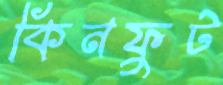
কিনফুট